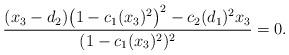
LaTeX: \begin{align*}\frac{(x_3-d_2)\big(1-c_1(x_3)^2\big)^2-c_2(d_1)^2x_3}{(1-c_1(x_3)^2)^2}=0.\end{align*}